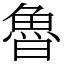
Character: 魯